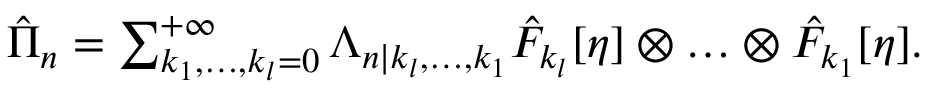
\begin{array} { r } { \hat { \Pi } _ { n } = \sum _ { k _ { 1 } , \ldots , k _ { l } = 0 } ^ { + \infty } \Lambda _ { n | k _ { l } , \ldots , k _ { 1 } } \hat { F } _ { k _ { l } } [ \eta ] \otimes \ldots \otimes \hat { F } _ { k _ { 1 } } [ \eta ] . } \end{array}